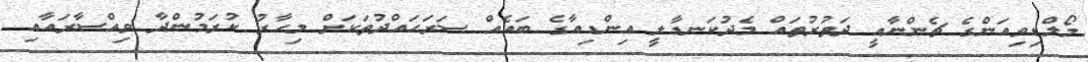
މޯލްޑިވިއަންގެ ޗެންނާއީ ދަތުރުތައް މެދުކަނޑާލީ އިންޑިއާގެ ބައެއް ސަރަހައްދުތަކަށް މިހާރު ކުރަމުންދާ ވިއްސާރައާއި